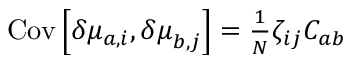
\begin{array} { r } { \mathrm { C o v } \left[ \delta { \mu } _ { a , i } , { \delta \mu } _ { b , j } \right] = \frac { 1 } { N } \zeta _ { i j } C _ { a b } } \end{array}